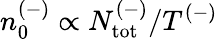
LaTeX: n_{0}^{(-)}\propto N_{\mathrm{{tot}}}^{(-)}/T^{(-)}